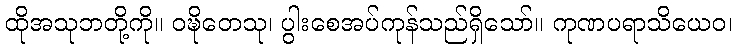
ထိုအသုဘတို့ကို။ ဝဍ္ဎိတေသု၊ ပွါးစေအပ်ကုန်သည်ရှိသော်။ ကုဏပရာသိယေဝ၊